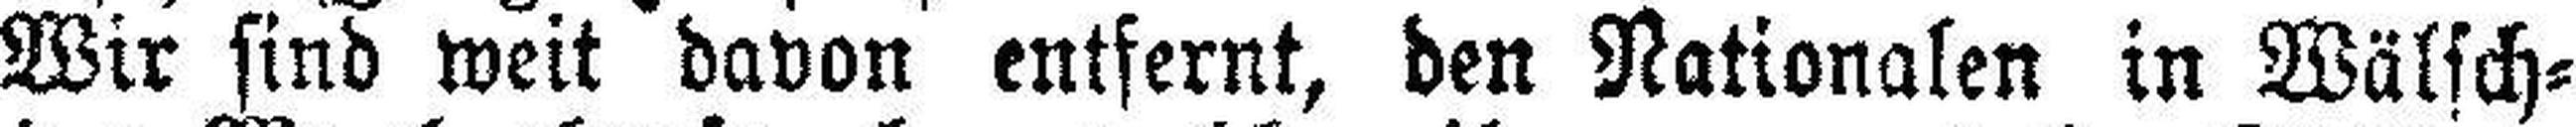
Wir sind weit davon entfernt, den Nationalen in Wälsch¬